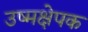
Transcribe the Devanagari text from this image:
उष्मक्षेपक